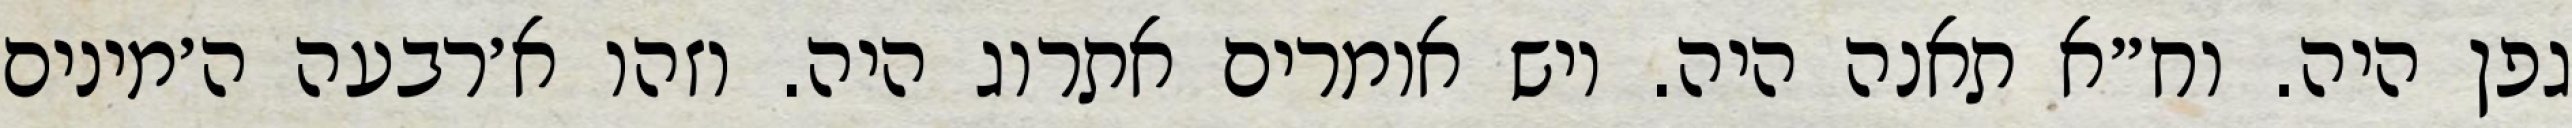
גפן היה. וח״א תאנה היה. ויש אומרים אתרוג היה. וזהו א׳רבעה ה׳מינים